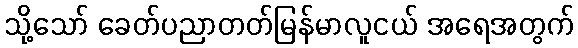
သို့သော် ခေတ်ပညာတတ်မြန်မာလူငယ် အရေအတွက်